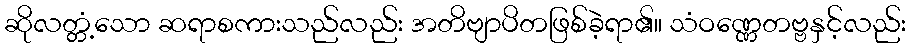
ဆိုလတ္တံ့သော ဆရာစကားသည်လည်း အတိဗျာပိတဖြစ်ခဲ့ရာ၏။ သံဝဏ္ဏေတဗ္ဗနှင့်လည်း